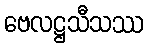
ဗေလဋ္ဌသီသဿ